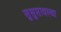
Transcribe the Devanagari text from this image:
सुसुप्तावस्था